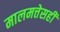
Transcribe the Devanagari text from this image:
मालमत्तेसही